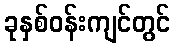
ခုနှစ်ဝန်းကျင်တွင်